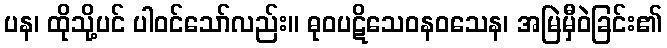
ပန၊ ထိုသို့ပင် ပါဝင်သော်လည်း။ ဓုဝပဋိသေဝနဝသေန၊ အမြဲမှီဝဲခြင်း၏